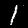
Digit: 1